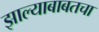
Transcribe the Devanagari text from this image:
झाल्याबाबतचा